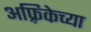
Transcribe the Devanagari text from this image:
अफ़्रिकेच्या